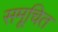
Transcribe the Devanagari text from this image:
समूचित